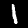
Label: 1